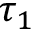
\tau _ { 1 }